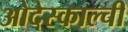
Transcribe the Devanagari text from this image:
ओदेस्काल्ची